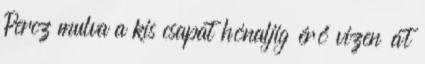
Percz mulva a kis csapat hónaljig érő vizen át